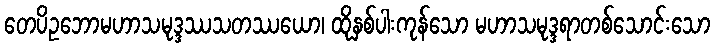
တေပိဥဘောမဟာသမုဒ္ဒဿသတဿယော၊ ထိုနှစ်ပါးကုန်သော မဟာသမုဒ္ဒရာတစ်သောင်းသော